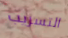
التسريب